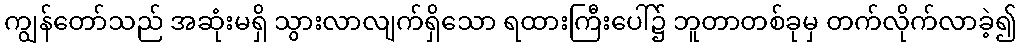
ကျွန်တော်သည် အဆုံးမရှိ သွားလာလျက်ရှိသော ရထားကြီးပေါ်၌ ဘူတာတစ်ခုမှ တက်လိုက်လာခဲ့၍